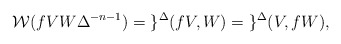
\begin{align*}\mathcal{W}( f VW \Delta ^{-n-1}) = \mathcal{g}^{\Delta}(fV,W)=\mathcal{g}^{\Delta}(V,fW),\end{align*}